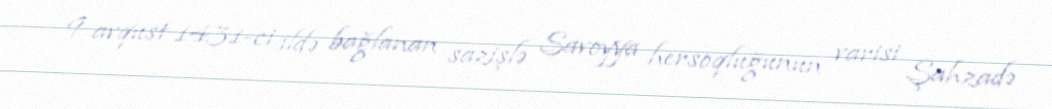
9 avqust 1431-ci ildə bağlanan sazişlə Savoyya hersoqluğunun varisi Şahzadə